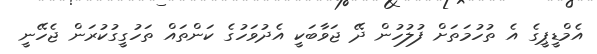
އެމްޑީޕީގެ އެ ތުހުމަތަށް ފުލުހުން ދޭ ޖަވާބަކީ އެދުވަހުގެ ކަންތައް ތަހުގީގުކުރަން ޖެހޭނީ